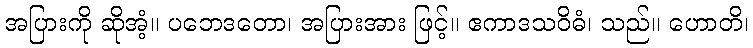
အပြားကို ဆိုအံ့။ ပဘေဒတော၊ အပြားအား ဖြင့်။ ဧကာဒသဝိဓံ၊ သည်။ ဟောတိ၊